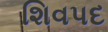
શિવપદ